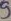
Text: 5